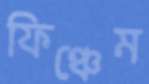
ফিঞ্চেম